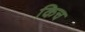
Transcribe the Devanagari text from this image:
किच